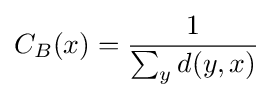
C_{B}(x)={\frac {1}{\sum _{y}d(y,x)}}